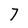
Character: 7